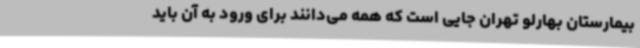
بیمارستان بهارلو تهران جایی است که همه می‌دانند برای ورود به آن باید